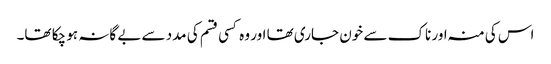
اس کی منہ اور ناک سے خون جاری تھا اور وہ کسی قسم کی مدد سے بے گانہ ہو چکا تھا۔